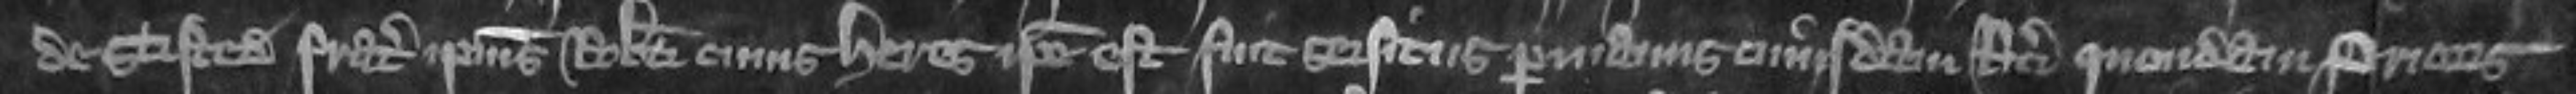
de Stisted frater ipsius Roberti cuius heres ipse est seisitus fuit per manus cuiusdam Ricardi quondam prioris